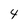
Character: 4